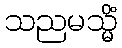
သညမသ္မိံ